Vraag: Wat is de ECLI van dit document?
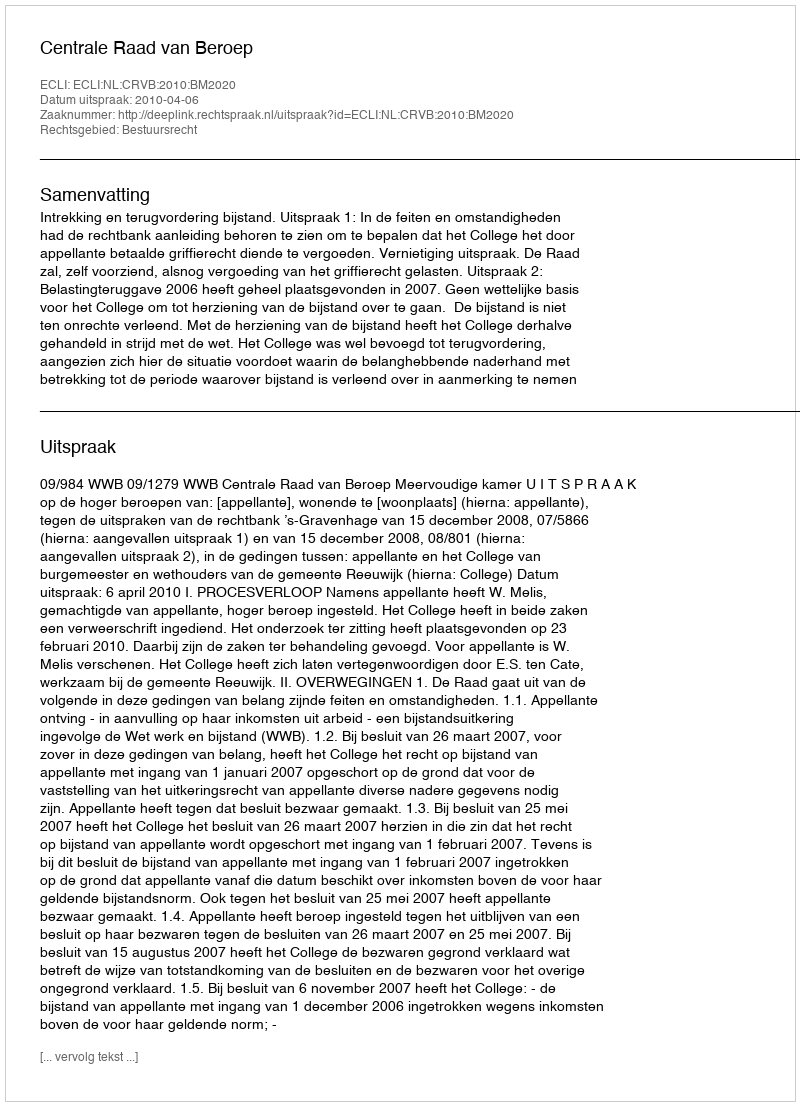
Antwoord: ECLI:NL:CRVB:2010:BM2020